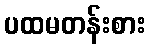
ပထမတန်းစား